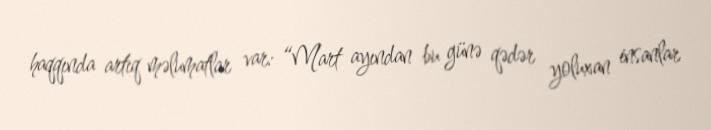
haqqında artıq məlumatlar var: “Mart ayından bu günə qədər yoluxan insanlar